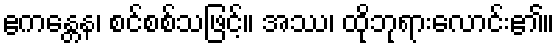
ဧကန္တေန၊ စင်စစ်သဖြင့်။ အဿ၊ ထိုဘုရားလောင်း၏။